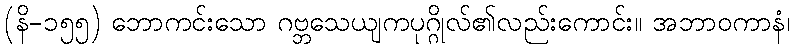
(နိ-၁၅၅) ဘောကင်းသော ဂဗ္ဘသေယျကပုဂ္ဂိုလ်၏လည်းကောင်း။ အဘာဝကာနံ၊